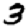
Digit: 5